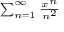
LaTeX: \scriptstyle \sum _ { n = 1 } ^ { \infty } { \frac { x ^ { n } } { n ^ { 2 } } }